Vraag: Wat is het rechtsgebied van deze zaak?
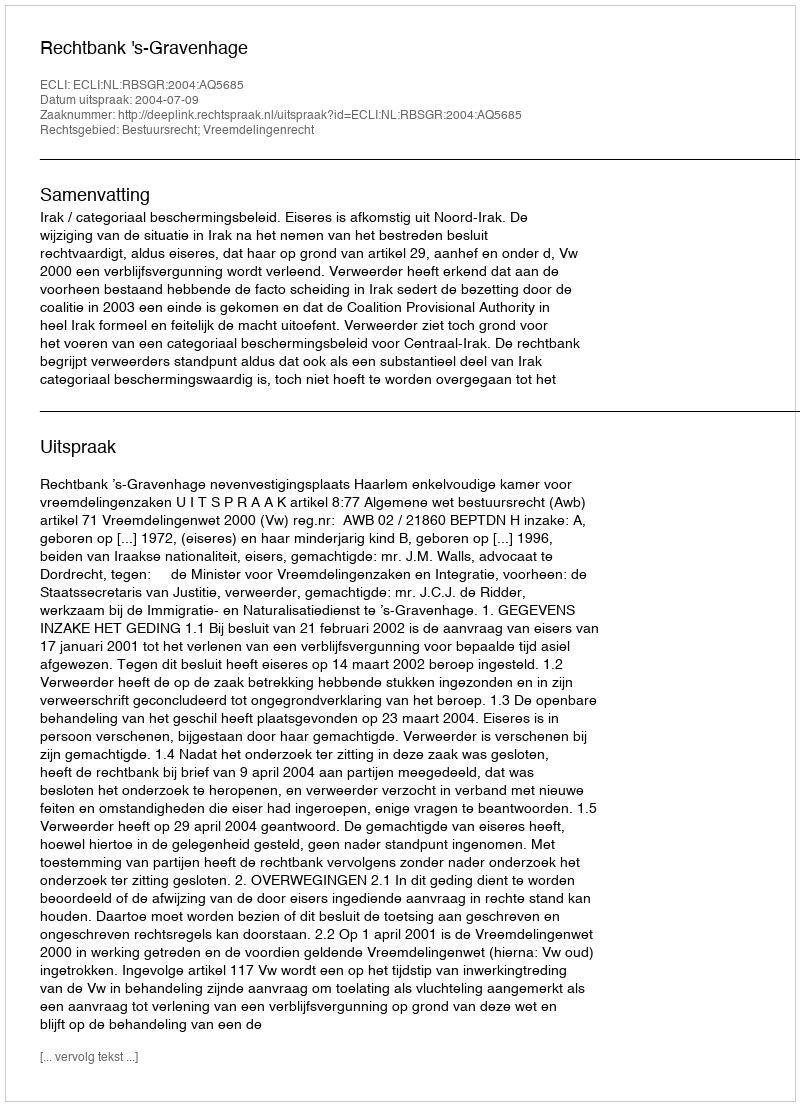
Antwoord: Bestuursrecht; Vreemdelingenrecht